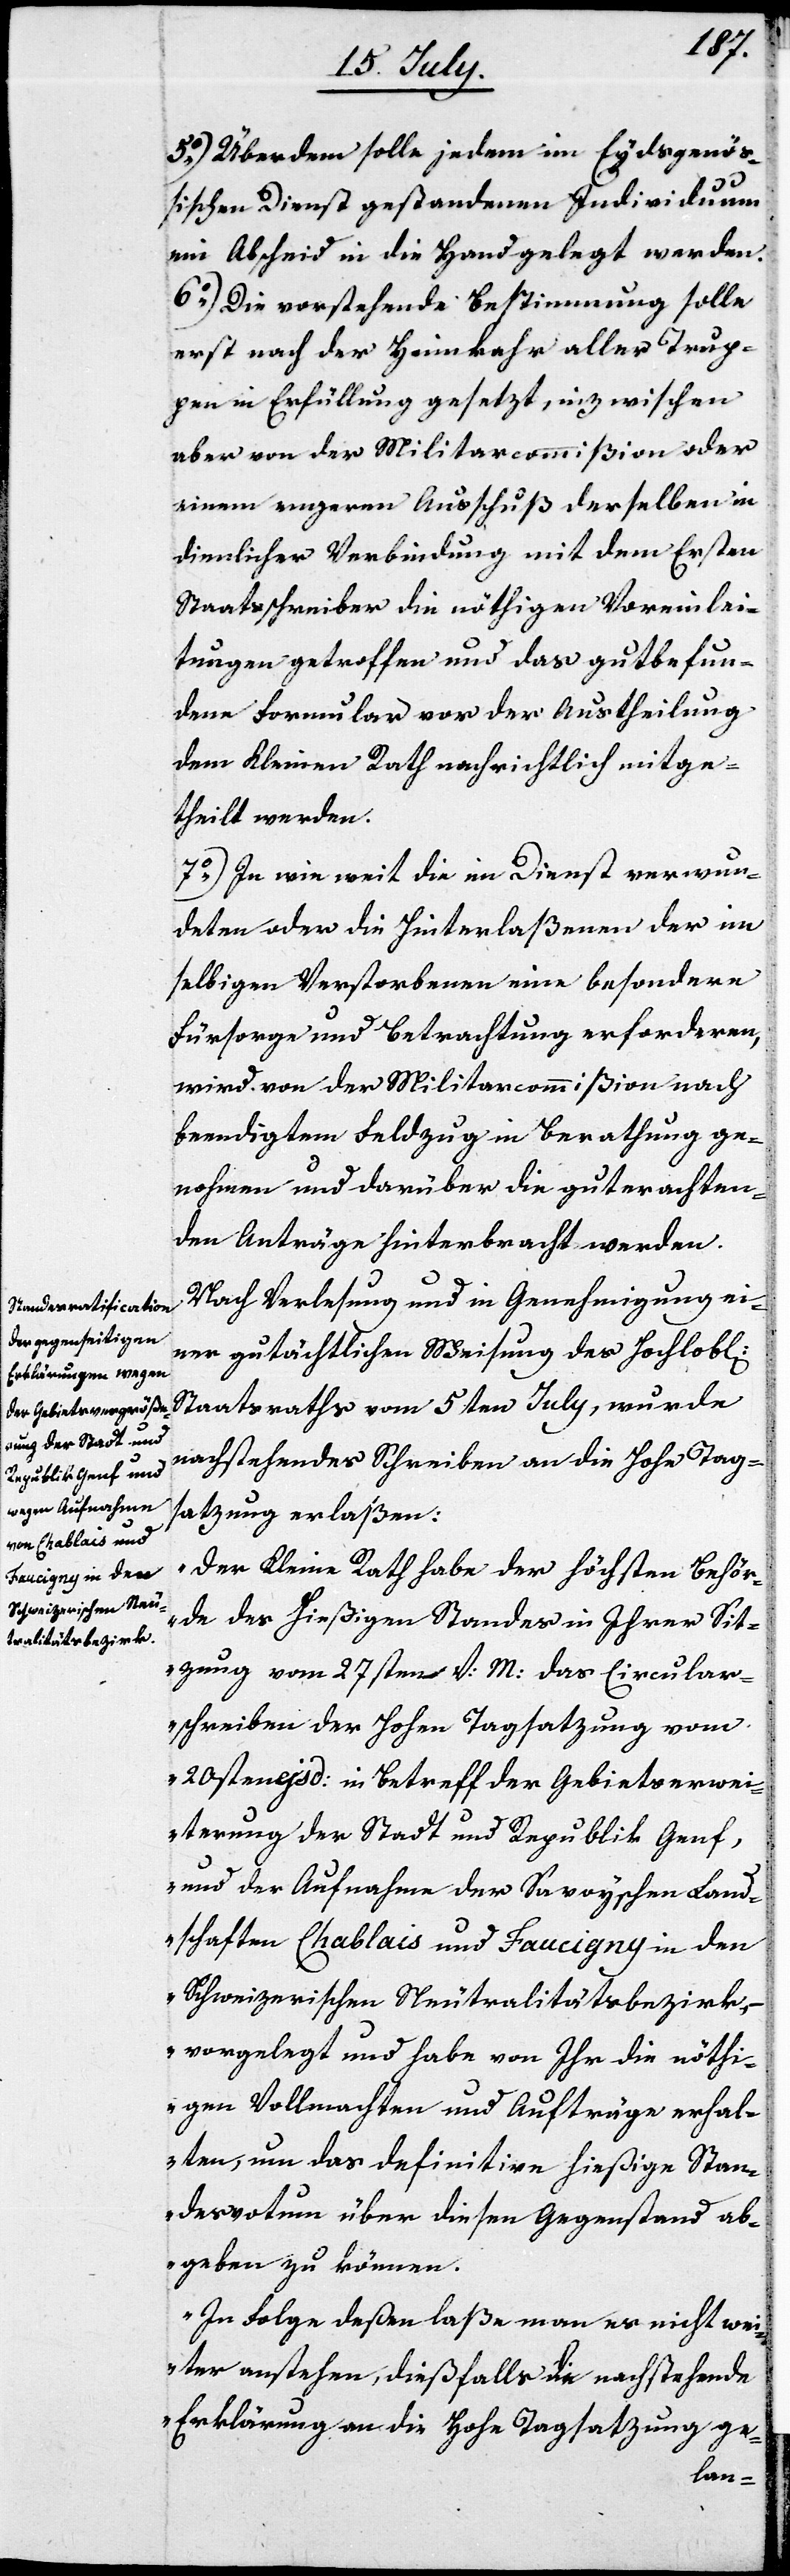
5.) Überdem solle jedem im Eydsgenöß¬
ischen Dienst gestandenen Individuum
ein Abscheid in die Hand gelegt werden.
6.) Die vorstehende Bestimmung solle
erst nach der Heimkehr aller Trup¬
pen in Erfüllung gesetzt, inzwischen
aber von der Militarcommißion oder
ihrem engeren Ausschuß derselben in
dienlicher Verbindung mit dem Ersten
Staatsschreiber die nöthigen Voreinlei¬
tungen getroffen und das gutbefun¬
dene Formular vor der Austheilung
dem Kleinen Rath nachrichtlich mitge¬
theilt werden.
7.) In wie weit die im Dienst verwun¬
deten oder die Hinterlaßenen der in
selbigem Verstorbenen eine besondere
Fürsorge und Betrachtung erforderen,
wird von der Militarcommißion nach
beendigtem Feldzug in Berathung ge¬
nohmen und darüber die guterachten¬
den Anträge hinterbracht werden.
Nach Verlesung und in Genehmigung ei¬
ner gutächtlichen Weisung des Hochlobl.
Staatsraths vom 5ten July, wurde
nachstehendes Schreiben an die Hohe Tags¬
atzung erlaßen:
„Der Kleine Rath habe der Höchsten Behör¬
de des hießigen Standes in Ihrer Sit¬
zung vom 27sten v. M. das Circular¬
schreiben der Hohen Tagsatzung vom
20sten ejsd. in Betreff der Gebietserwei¬
terung der Stadt und Republik Genf,
und der Aufnahme der Savoyschen Land¬
schaften Chablais und Faucigny in den
Schweizerischen Neutralitätsbezirk,
vorgelegt und habe von Ihr die nöthi¬
gen Vollmachten und Aufträge erhal¬
ten, um das definitive hießige Stan¬
desvotum über diesen Gegenstand ab¬
geben zu können.
In Folge deßen laße man es nicht wei¬
ter anstehen, dießfalls die nachstehende
Erklärung an die Hohe Tagsatzung ge-